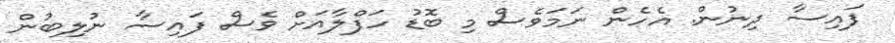
ފައިސާ ދިނުން. އެހެން ނަމަވެސް މި ބޮޑު ހަފްލާއަށް ވެސް ފައިސާ ނުލިބުން